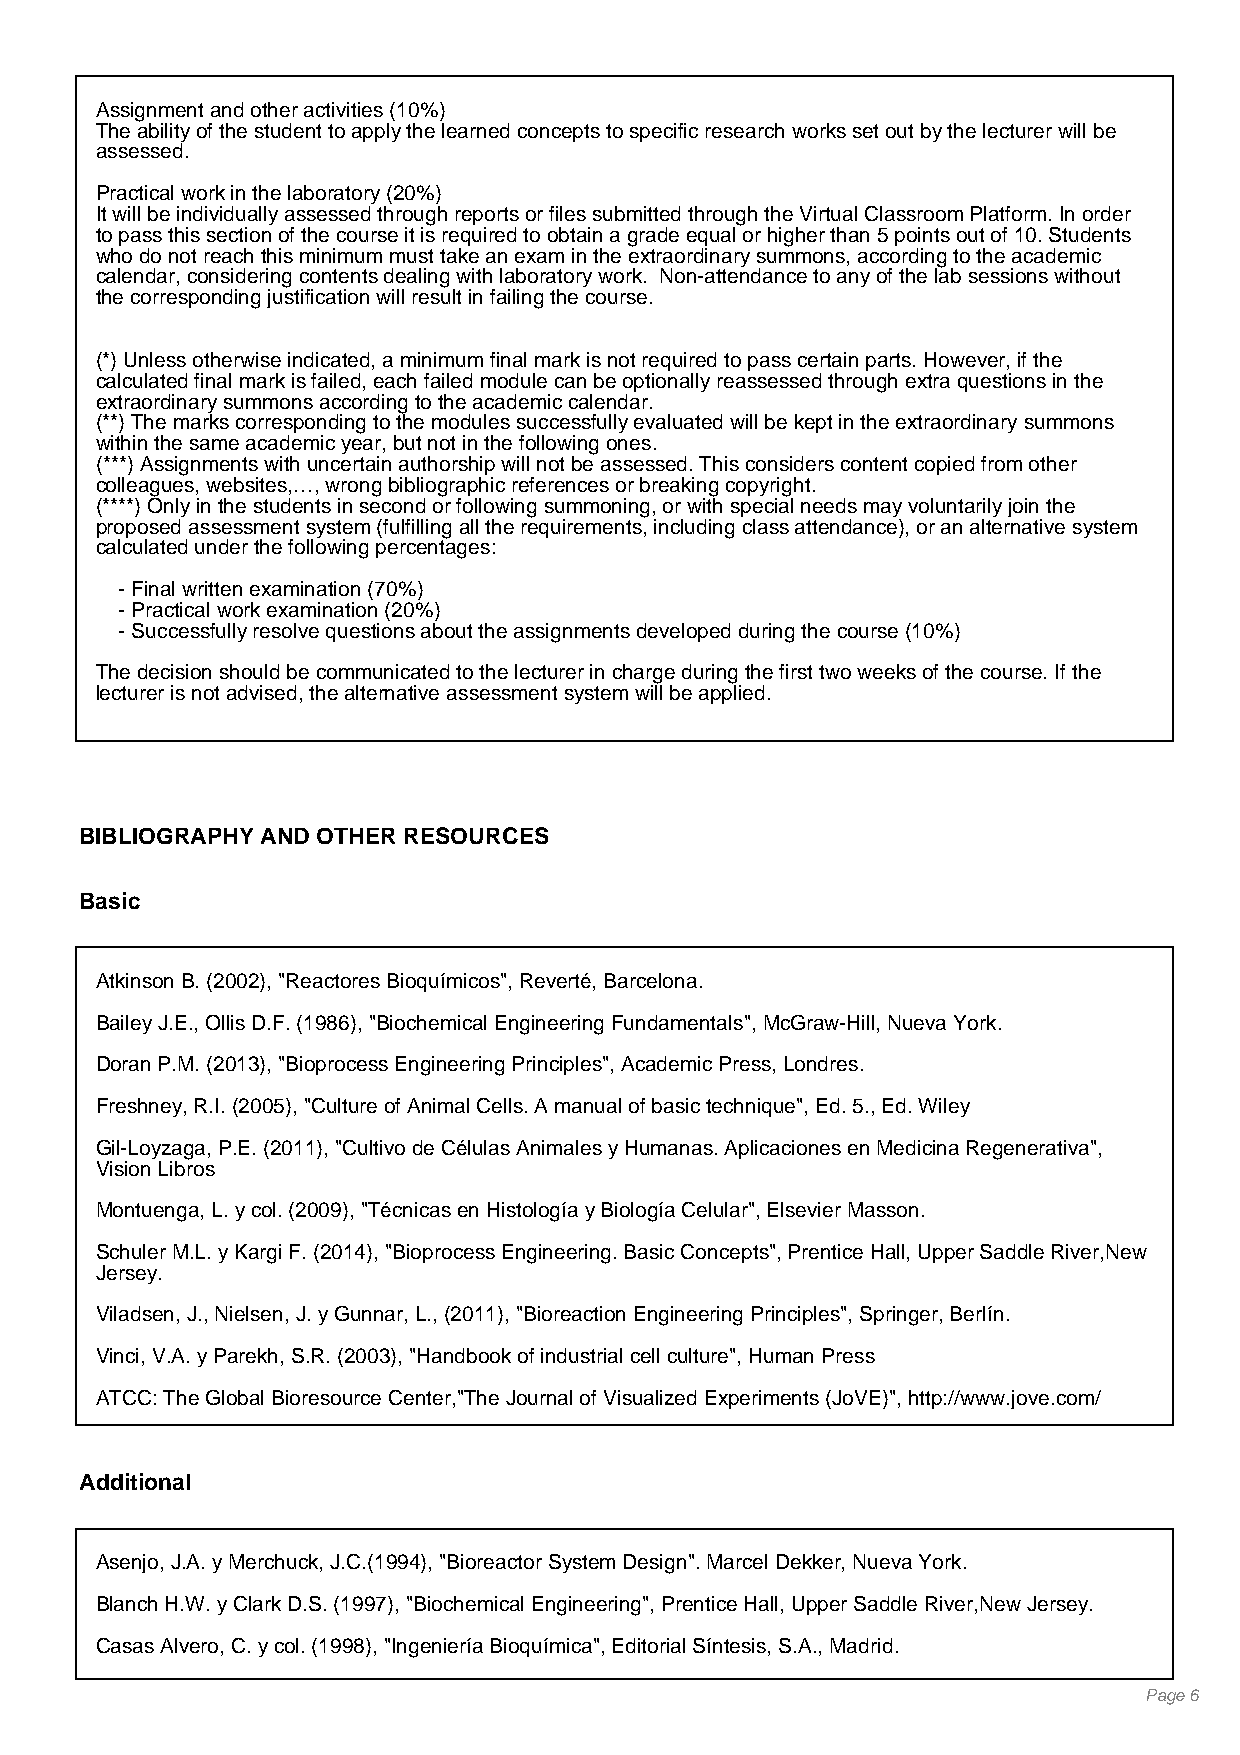
Assignment and other activities (10%)
 The ability of the student to apply the learned concepts to specific research works set out by the lecturer will be
 assessed.
 Practical work in the laboratory (20%)
 It will be individually assessed through reports or files submitted through the Virtual Classroom Platform. In order
 to pass this section of the course it is required to obtain a grade equal or higher than 5 points out of 10. Students
 who do not reach this minimum must take an exam in the extraordinary summons, according to the academic
 calendar, considering contents dealing with laboratory work. Non-attendance to any of the lab sessions without
 the corresponding justification will result in failing the course.
 (*) Unless otherwise indicated, a minimum final mark is not required to pass certain parts. However, if the
 calculated final mark is failed, each failed module can be optionally reassessed through extra questions in the
 extraordinary summons according to the academic calendar.
 (**) The marks corresponding to the modules successfully evaluated will be kept in the extraordinary summons
 within the same academic year, but not in the following ones.
 (***) Assignments with uncertain authorship will not be assessed. This considers content copied from other
 colleagues, websites,…, wrong bibliographic references or breaking copyright.
 (****) Only in the students in second or following summoning, or with special needs may voluntarily join the
 proposed assessment system (fulfilling all the requirements, including class attendance), or an alternative system
 calculated under the following percentages:
 - Final written examination (70%)
 - Practical work examination (20%)
 - Successfully resolve questions about the assignments developed during the course (10%)
 The decision should be communicated to the lecturer in charge during the first two weeks of the course. If the
 lecturer is not advised, the alternative assessment system will be applied.
 BIBLIOGRAPHY AND OTHER RESOURCES
 Basic
 Atkinson B. (2002), "Reactores Bioquímicos", Reverté, Barcelona.
 Bailey J.E., Ollis D.F. (1986), "Biochemical Engineering Fundamentals", McGraw-Hill, Nueva York.
 Doran P.M. (2013), "Bioprocess Engineering Principles", Academic Press, Londres.
 Freshney, R.I. (2005), "Culture of Animal Cells. A manual of basic technique", Ed. 5., Ed. Wiley
 Gil-Loyzaga, P.E. (2011), "Cultivo de Células Animales y Humanas. Aplicaciones en Medicina Regenerativa",
 Vision Libros
 Montuenga, L. y col. (2009), "Técnicas en Histología y Biología Celular", Elsevier Masson.
 Schuler M.L. y Kargi F. (2014), "Bioprocess Engineering. Basic Concepts", Prentice Hall, Upper Saddle River,New
 Jersey.
 Viladsen, J., Nielsen, J. y Gunnar, L., (2011), "Bioreaction Engineering Principles", Springer, Berlín.
 Vinci, V.A. y Parekh, S.R. (2003), "Handbook of industrial cell culture", Human Press
 ATCC: The Global Bioresource Center,"The Journal of Visualized Experiments (JoVE)", http://www.jove.com/
 Additional
 Asenjo, J.A. y Merchuck, J.C.(1994), "Bioreactor System Design". Marcel Dekker, Nueva York.
 Blanch H.W. y Clark D.S. (1997), "Biochemical Engineering", Prentice Hall, Upper Saddle River,New Jersey.
 Casas Alvero, C. y col. (1998), "Ingeniería Bioquímica", Editorial Síntesis, S.A., Madrid.
 Page 6